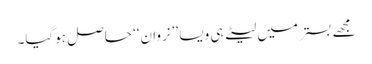
مجھے بستر میں لیٹے ہی ویسا ’’نروان‘‘ حاصل ہوگیا۔